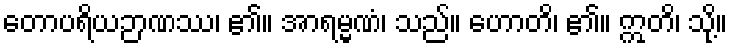
တောပရိယဉာဏဿ၊ ၏။ အာရမ္မဏံ၊ သည်။ ဟောတိ၊ ၏။ ဣတိ၊ သို့။